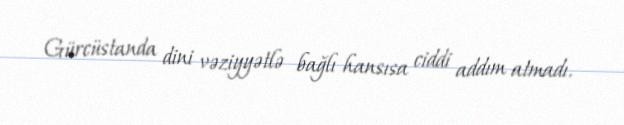
Gürcüstanda dini vəziyyətlə bağlı hansısa ciddi addım atmadı.